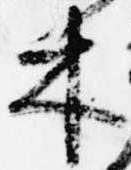
木